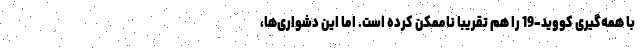
با همه‌گیری کووید-19 را هم تقریبا ناممکن کرده است. اما این دشواری‌ها،